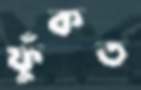
ফুঁকত